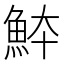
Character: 䱁